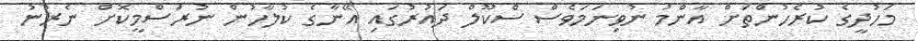
މަހުދީގެ ކުރެހުންތަށް އާންމު ނުވިނަމަވެސް ސްކޫލް ދައުރުގައި އޭނާގެ ކުލާހުން ނުރަސްމީކޮށް ނެރުނު